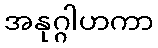
အနုဂ္ဂါဟကာ